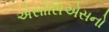
એસોસિએસનો